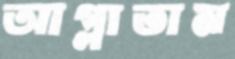
আগ্‌লাতাম